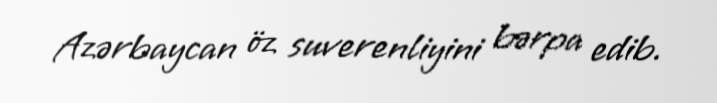
Azərbaycan öz suverenliyini bərpa edib.